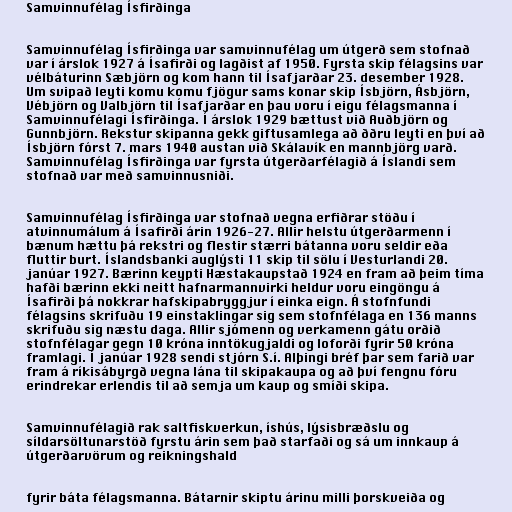
Samvinnufélag Ísfirðinga

Samvinnufélag Ísfirðinga var samvinnufélag um útgerð sem stofnað
var í árslok 1927 á Ísafirði og lagðist af 1950. Fyrsta skip félagsins var
vélbáturinn Sæbjörn og kom hann til Ísafjarðar 23. desember 1928.
Um svipað leyti komu komu fjögur sams konar skip Ísbjörn, Ásbjörn,
Vébjörn og Valbjörn til Ísafjarðar en þau voru í eigu félagsmanna í
Samvinnufélagi Ísfirðinga. Í árslok 1929 bættust við Auðbjörn og
Gunnbjörn. Rekstur skipanna gekk giftusamlega að ððru leyti en því að
Ísbjörn fórst 7. mars 1940 austan við Skálavík en mannbjörg varð.
Samvinnufélag Ísfirðinga var fyrsta útgerðarfélagið á Íslandi sem
stofnað var með samvinnusniði.

Samvinnufélag Ísfirðinga var stofnað vegna erfiðrar stöðu í
atvinnumálum á Ísafirði árin 1926-27. Allir helstu útgerðarmenn í
bænum hættu þá rekstri og flestir stærri bátanna voru seldir eða
fluttir burt. Íslandsbanki auglýsti 11 skip til sölu í Vesturlandi 20.
janúar 1927. Bærinn keypti Hæstakaupstað 1924 en fram að þeim tíma
hafði bærinn ekki neitt hafnarmannvirki heldur voru eingöngu á
Ísafirði þá nokkrar hafskipabryggjur í einka eign. Á stofnfundi
félagsins skrifuðu 19 einstaklingar sig sem stofnfélaga en 136 manns
skrifuðu sig næstu daga. Allir sjómenn og verkamenn gátu orðið
stofnfélagar gegn 10 króna inntökugjaldi og loforði fyrir 50 króna
framlagi. Í janúar 1928 sendi stjórn S.í. Alþingi bréf þar sem farið var
fram á ríkisábyrgð vegna lána til skipakaupa og að því fengnu fóru
erindrekar erlendis til að semja um kaup og smíði skipa.

Samvinnufélagið rak saltfiskverkun, íshús, lýsisbræðslu og
síldarsöltunarstöð fyrstu árin sem það starfaði og sá um innkaup á
útgerðarvörum og reikningshald

fyrir báta félagsmanna. Bátarnir skiptu árinu milli þorskveiða og